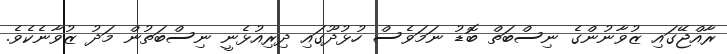
ރާއްޖޭގައި ޒުވާނުންގެ ނިސްބަތް ބޮޑު ނަމަވެސް ހުޅުދޫގައި ދިރިއުޅެނީ ނިސްބަތުން މަދު ޒުވާނެކެވެ.